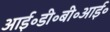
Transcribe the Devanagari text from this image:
आई॰डी॰बी॰आई॰